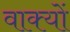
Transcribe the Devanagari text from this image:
वाक्‍यों